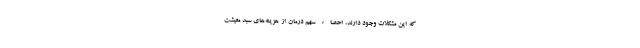
که این مشکلات وجود دارند، احصاء سهم درمان از هزینه‌‌های سبد معیشت